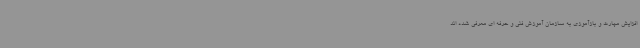
افزایش مهارت و بازآموزی به سازمان آموزش فنی و حرفه ای معرفی شده اند